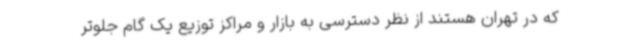
که در تهران هستند از نظر دسترسی به بازار و مراکز توزیع یک گام جلوتر